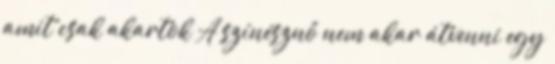
amit csak akartok A színésznő nem akar átvenni egy